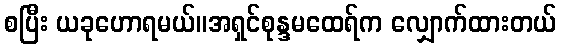
စပြီး ယခုဟောရမယ်။အရှင်စုန္ဒမထေရ်က လျှောက်ထားတယ်